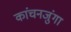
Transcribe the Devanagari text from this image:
कांचनजुंगा